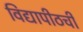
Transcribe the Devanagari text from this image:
विद्यापीठची